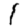
Digit: 1